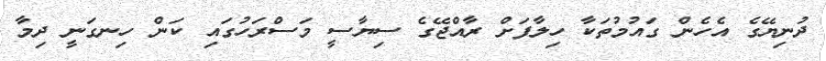
ދުނިޔޭގެ އެހެން ގައުމުތަކާ ހިލާފަށް ރާއްޖޭގެ ސިޔާސީ މަސްރަހުގައި ކަން ހިނގަނީ ދިމާ